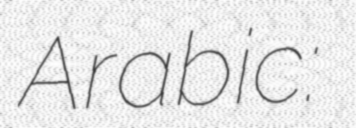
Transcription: Arabic: الهيئة